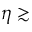
\eta \gtrsim